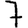
Digit: 7